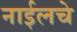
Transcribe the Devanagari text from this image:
नाईलचे